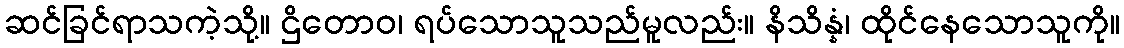
ဆင်ခြင်ရာသကဲ့သို့။ ဌိတောဝ၊ ရပ်သောသူသည်မူလည်း။ နိသိန္နံ၊ ထိုင်နေသောသူကို။